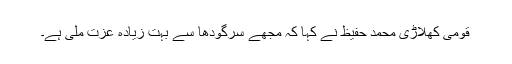
قومی کھلاڑی محمد حفیظ نے کہا کہ مجھے سرگودھا سے بہت زیادہ عزت ملی ہے۔